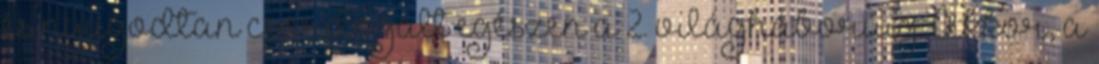
és nyugodtan csordogált egészen a 2. világháborúig. Akkor, a